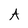
Character: A